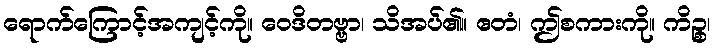
ရောက်ကြောင့်အကျင့်ကို။ ဝေဒိတဗ္ဗာ၊ သိအပ်၏။ ဧတံ၊ ဤစကားကို။ ကိဉ္စ၊